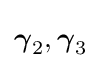
{\boldsymbol {\gamma }}_{2},{\boldsymbol {\gamma }}_{3}